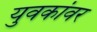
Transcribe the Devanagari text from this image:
युवकांवर